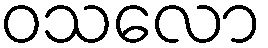
ဝသလော